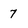
Character: 7